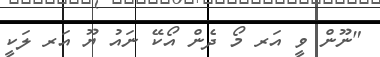
"ނޫން ވީ އަރ މޯ ދެން އޯކޭ ނައު ޔޫ އަރ ލަކީ